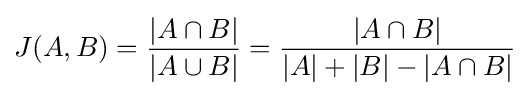
J(A,B)={\frac {|A\cap B|}{|A\cup B|}}={\frac {|A\cap B|}{|A|+|B|-|A\cap B|}}